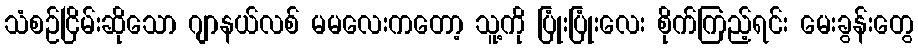
သံစဉ်ငြိမ်းဆိုသော ဂျာနယ်လစ် မမလေးကတော့ သူ့ကို ပြုံးပြုံးလေး စိုက်ကြည့်ရင်း မေးခွန်းတွေ